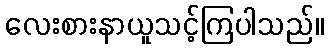
လေးစားနာယူသင့်ကြပါသည်။